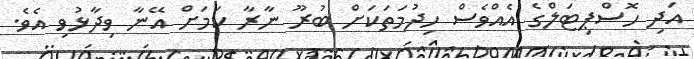
އަދި ހޮސްޕިޓަލްގެ އެއްވެސް ހިދުމަތަކަށް ބުރޫ ނާރާ ކަމަށް އޭނާ ވިދާޅުވި އެވެ.